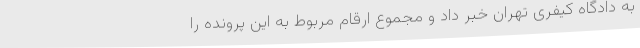
به دادگاه کیفری تهران خبر داد و مجموع ارقام مربوط به این پرونده را